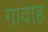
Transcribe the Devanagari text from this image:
गावाह